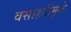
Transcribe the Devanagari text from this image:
वसाहतीमुळे